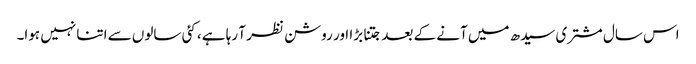
اس سال مشتری سیدھ میں آنے کے بعد جتنا بڑا اور روشن نظر آ رہا ہے، کئی سالوں سے اتنا نہیں ہوا۔